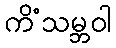
ကိံသမ္ဘဝါ